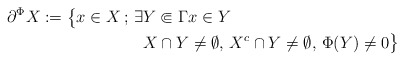
\begin{align*} \partial^\Phi X :=\bigl\{ x\in X \,;\,\exists & Y\Subset \Gamma x\in Y \\ &X\cap Y\neq \emptyset, \,X^c\cap Y\neq \emptyset, \,\Phi(Y)\neq 0 \bigr\}\end{align*}